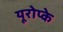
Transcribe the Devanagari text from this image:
यूरोप्के